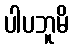
ပါပဘူမိ